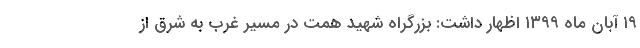
۱۹ آبان ماه ۱۳۹۹ اظهار داشت: بزرگراه شهید همت در مسیر غرب به شرق از